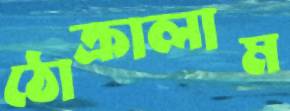
ঠোক্‌রালাম